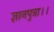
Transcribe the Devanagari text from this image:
ज्ञानपुत्रा।।